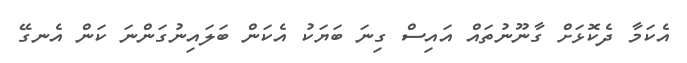
އެކަމާ ދެކޮޅަށް ގާނޫނުތައް އައިސް ގިނަ ބަޔަކު އެކަން ބަލައިނުގަންނަ ކަން އެނގޭ